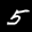
Label: 5